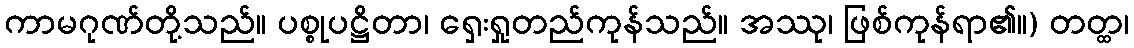
ကာမဂုဏ်တို့သည်။ ပစ္စုပဋ္ဌိတာ၊ ရှေးရှုတည်ကုန်သည်။ အဿု၊ ဖြစ်ကုန်ရာ၏။) တတ္ထ၊